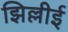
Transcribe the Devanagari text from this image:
झिल्लीई